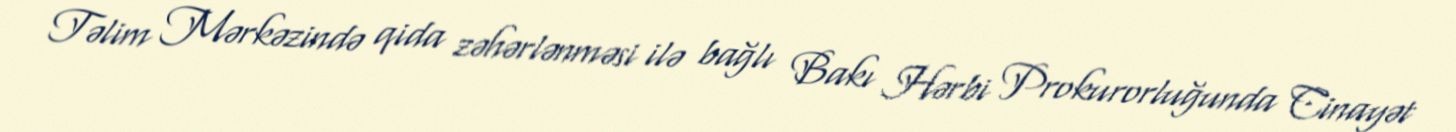
Təlim Mərkəzində qida zəhərlənməsi ilə bağlı Bakı Hərbi Prokurorluğunda Cinayət